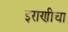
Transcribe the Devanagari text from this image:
इराणीचा